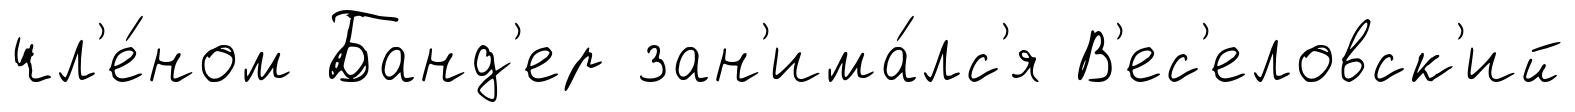
чл'е́ном Банд'ер зан'има́лс'я В'ес'еловск'ий